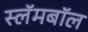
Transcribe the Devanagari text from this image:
स्लॅमबॉल